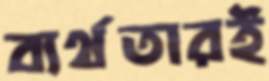
ব্যর্থতারই